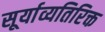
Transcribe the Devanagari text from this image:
सूर्याव्यतिरिक्त